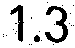
1.3